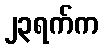
၂၃ရက်က